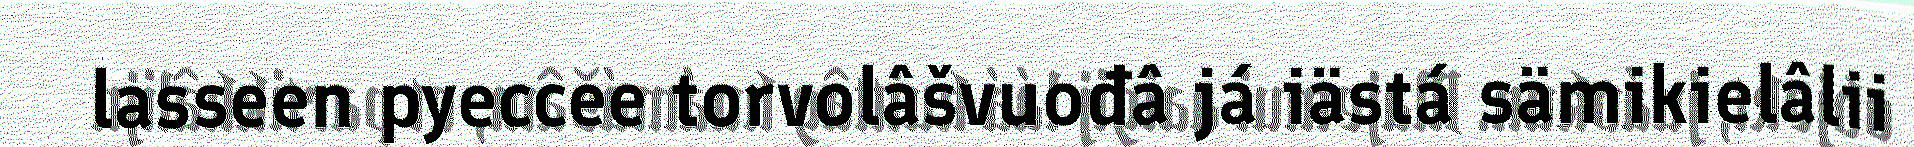
lasseen pyeccee torvolâšvuođâ já iästá sämikielâlii